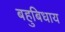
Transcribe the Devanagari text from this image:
बहुबिधाय